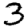
Digit: 3